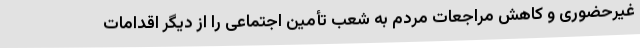
غیرحضوری و کاهش مراجعات مردم به شعب تأمین اجتماعی را از دیگر اقدامات